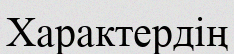
Характердің